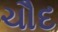
ચૌદ